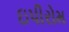
ઇપીરોમ